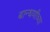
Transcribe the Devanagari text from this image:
बान्धणीच्या